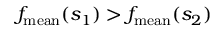
f _ { \mathrm { m e a n } } ( s _ { 1 } ) > f _ { \mathrm { m e a n } } ( s _ { 2 } )